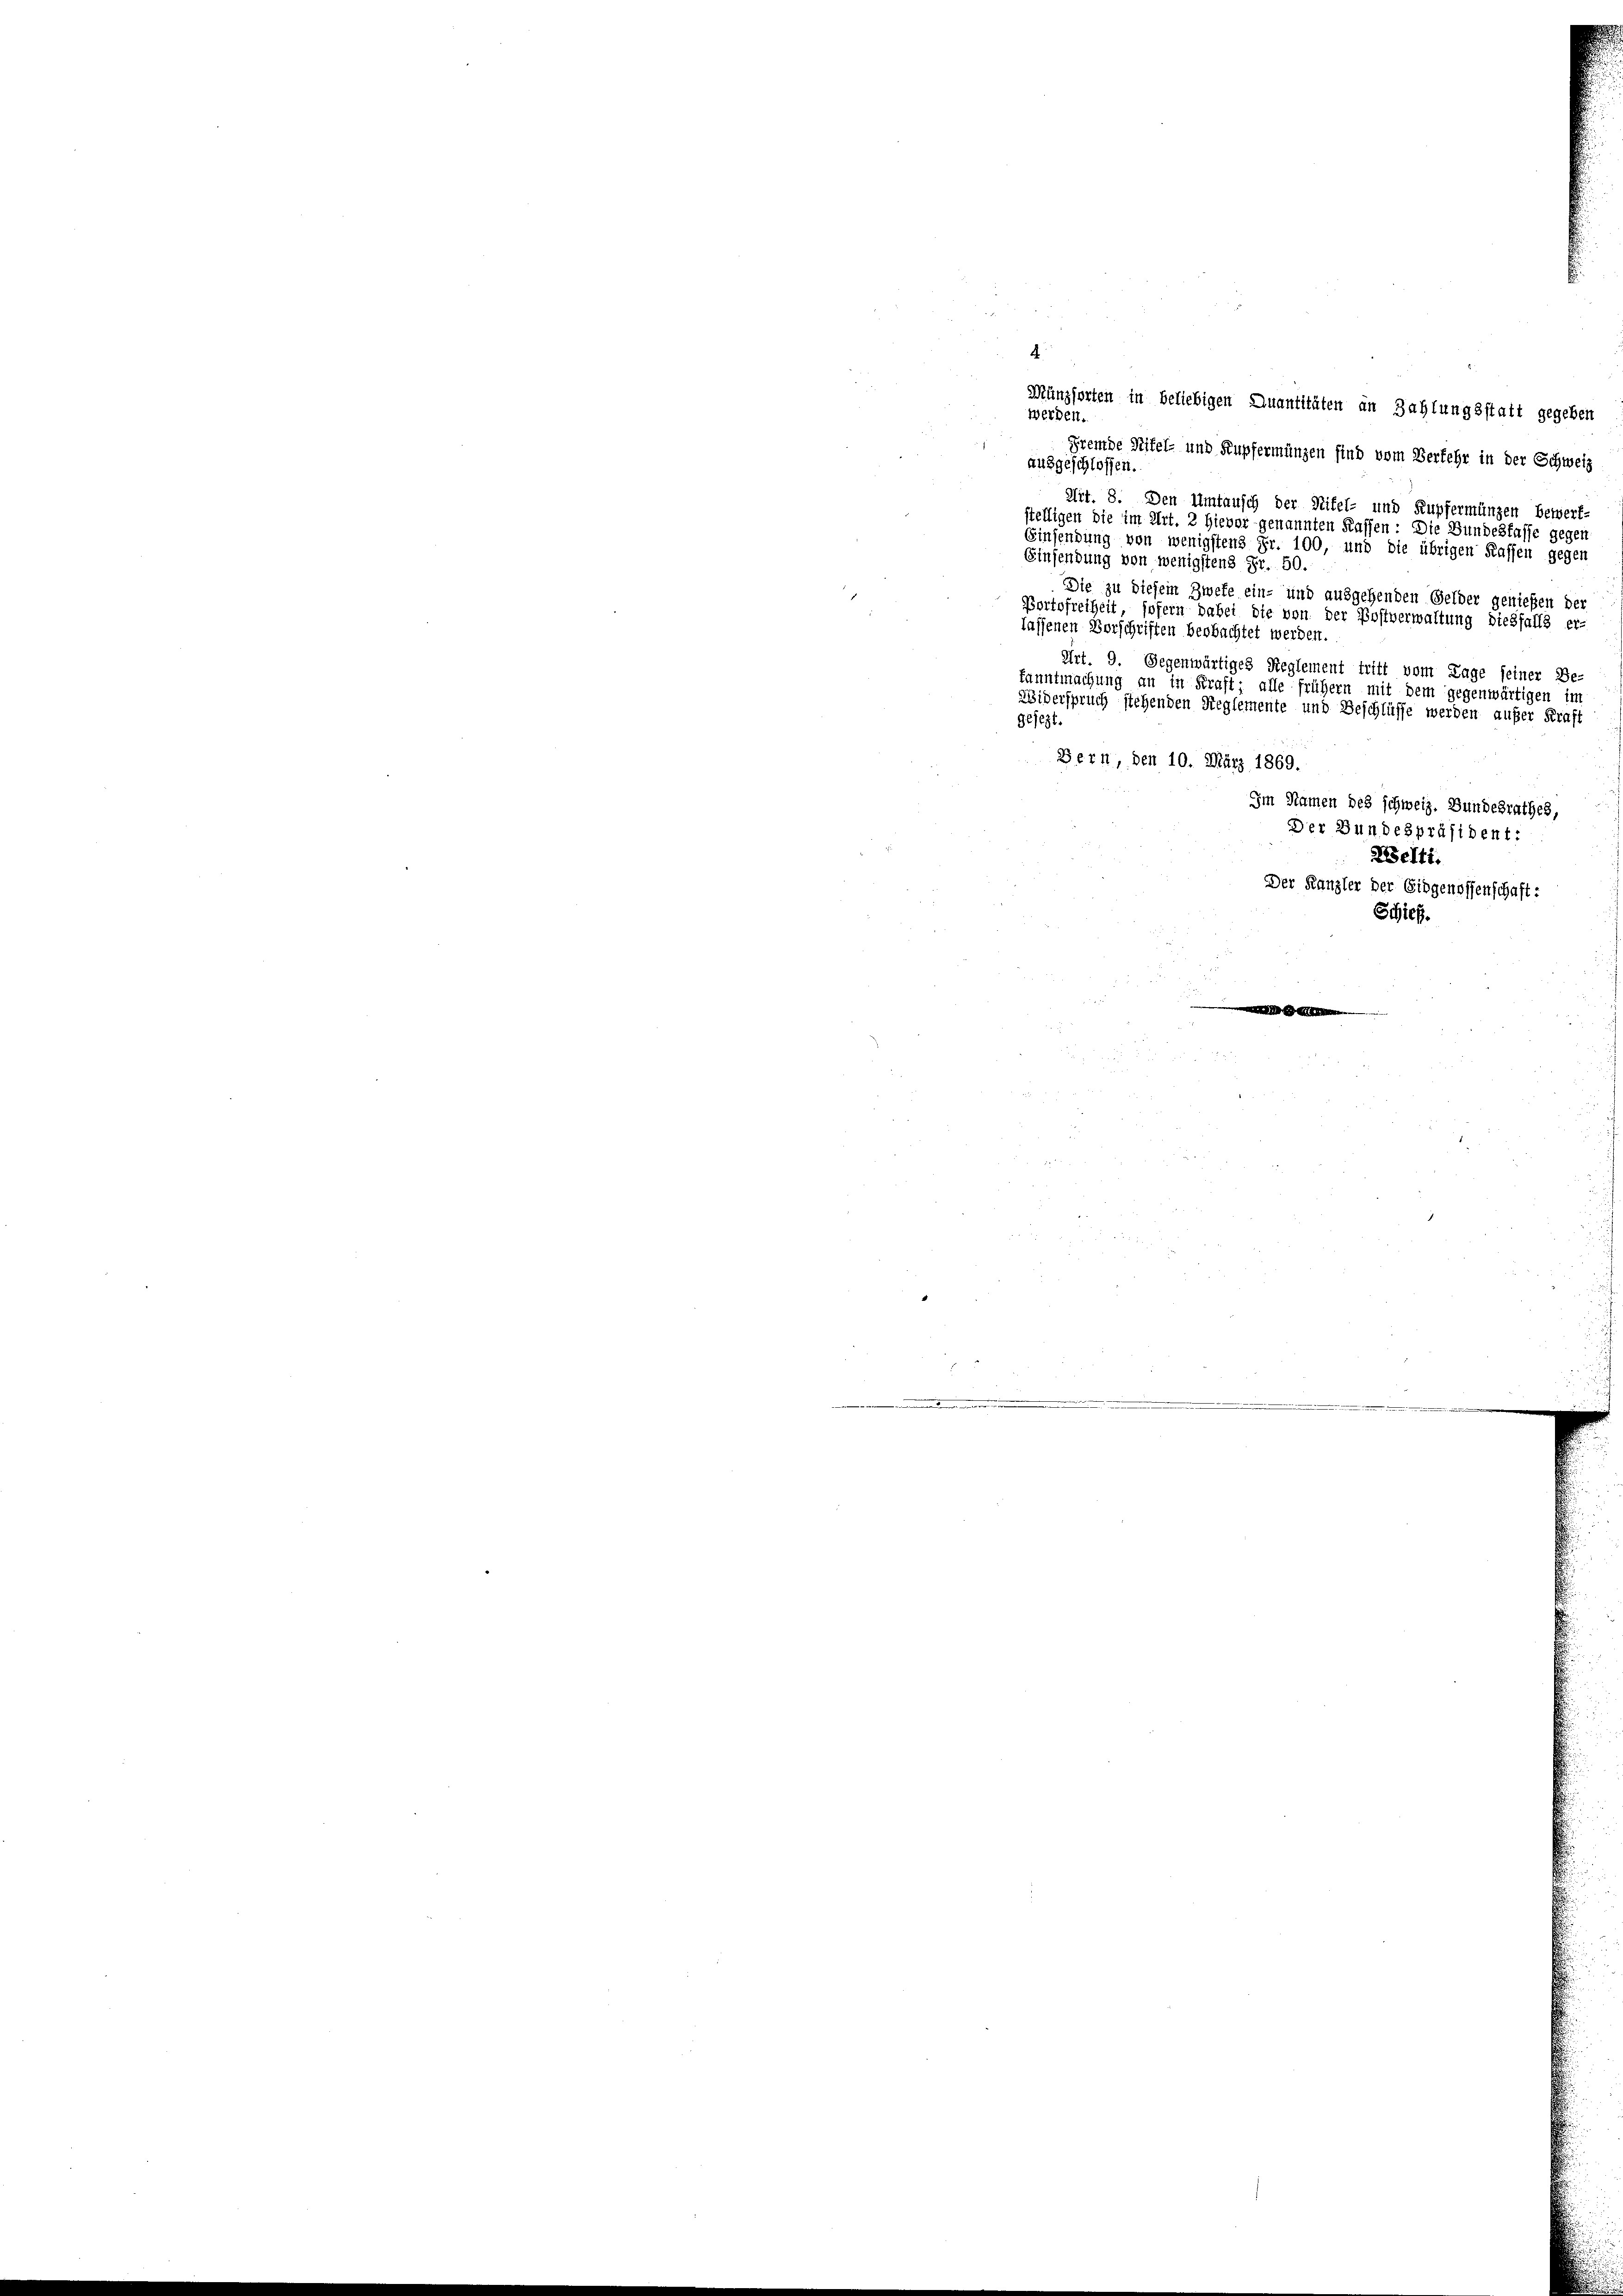
4
Münzsorten in beliebigen Quantitäten an Zahlungsstatt gegeben
werden.
Fremde Rifel- und Kupfermünzen sind vom Verfehr in der Schweiz
ausgeschlossen.
Art. 8. Den Umtausch der Rifel- und Kupfermünzen bewert-
stelligen die im Art. 2 hievor genannten Kassen: Die Bundesfasse gegen
Einsendung von wenigstens Fr. 100, und die übrigen Kassen gegen
Einsendung von wenigstens Fr. 50.
Die zu diesem Zwete ein- und ausgehenden Gelder genießen der
Portofreiheit, sofern dabei die von der Postverwaltung diesfalls er-
lassenen Vorschriften beobachtet werden.
Art. 9. Gegenwärtiges Reglement tritt vom Tage seiner Be-
fanntmachung an in Kraft; alle frühern mit dem gegenwärtigen im
Widerspruch stehenden Reglemente und Beschlüsse werden außer Kraft
gesezt.
Bern, den 10. März 1869.
Im Namen des schweiz. Bundesrathes,
Der Bundespräsident:
Welti.
Der Kanzler der Eidgenossenschaft:
Schieß.